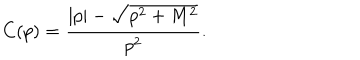
C ( p ) = \frac { | p | - \sqrt { p ^ { 2 } + M ^ { 2 } } } { p ^ { 2 } } .